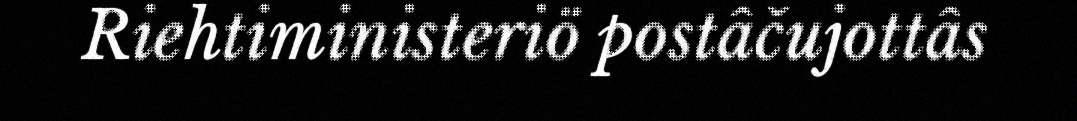
Riehtiministeriö postâčujottâs